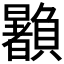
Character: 𰷙